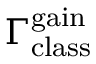
\Gamma _ { \mathrm { c l a s s } } ^ { \mathrm { g a i n } }